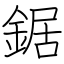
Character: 鋸